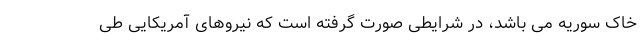
خاک سوریه می باشد، در شرایطی صورت گرفته است که نیروهای آمریکایی طی